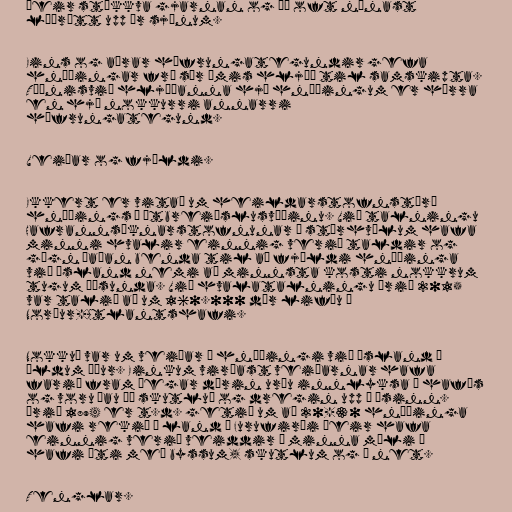
Þeir stökkva gjarnan og þá oft nánast
lóðrétt upp úr sjónum.

Eins og aðrar höfrungategundir gefa
hnýðingar frá sér ýmis hljóð til samskipta.
Tíðnisvið hljóðanna hjá hnýðingum er hærra
en hjá nokkurri annarri
höfrungategund.

Veiðar og fjöldi.

Ekkert er vitað um heildarstofnstærð
hnýðings á útbreiðslusvæðinu. Við talningu
Hafrannsóknarstofnunar á stórhvölum hafa
minni hvalir einnig verið taldir og
gögn þaðan benda til að fjöldi hnýðinga
við Ísland nemi að minnsta kosti nokkrum
tugum þúsunda. Við hvalatalningu árið 2015
var talið að um 160.000 dýr lifðu í
Norður-Atlantshafi.

Nokkuð var um veiðar á hnýðingi við Ísland á
öldum áður. Einkum virðast veiðarnar hafa
farið fram þegar dýrin urðu innlyksa í hafís
og voru þau þá skutluð og dregin upp á ísinn.
Árið 1894 er t.d. getið um að 20-30 hnýðinga
hafi rekið á land í Furufirði Þeir hafa
einnig verið veiddir í minna mæli á
hafi úti með byssum, skutlum og í net.

Tenglar.